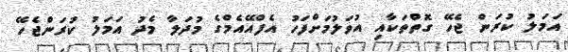
އަމަލު ކުރަން ޖެހޭ ގޮތްތަކާއި އުވަލުމަށްފަހު އެފްއޭއެމްގެ މުދަލާ މެދު އަމަލު ކުރަންޖެހޭ